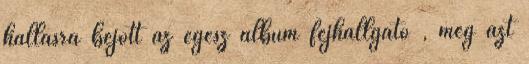
hallásra bejött az egész album fejhallgató , meg azt